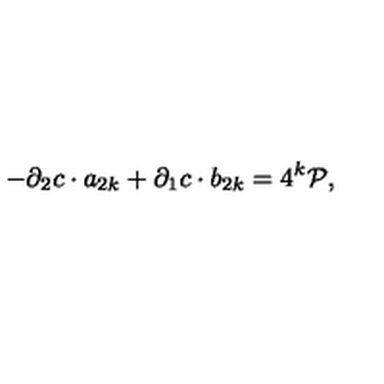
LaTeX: - \partial _ { 2 } c \cdot a _ { 2 k } + \partial _ { 1 } c \cdot b _ { 2 k } = 4 ^ { k } { \cal P } ,